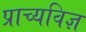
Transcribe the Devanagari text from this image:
प्राच्यविज्ञ